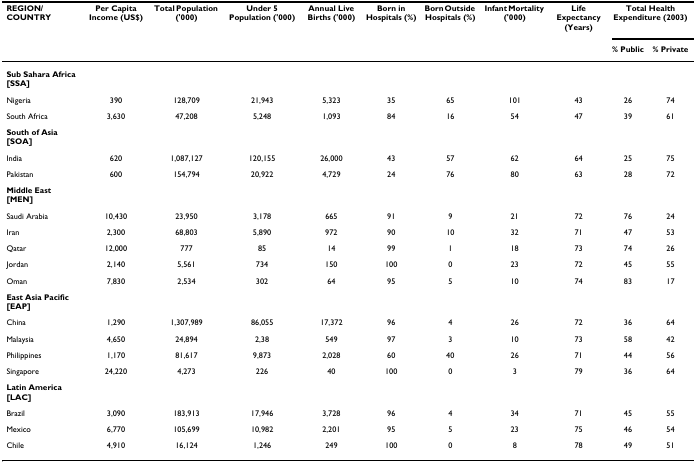
<table><thead><tr><td><b>REGION/COUNTRY</b></td><td><b>Per Capita Income (US$)</b></td><td><b>Total Population (&#x27;000)</b></td><td><b>Under 5 Population (&#x27;000)</b></td><td><b>Annual Live Births (&#x27;000)</b></td><td><b>Born in Hospitals (%)</b></td><td><b>Born Outside Hospitals (%)</b></td><td><b>Infant Mortality (&#x27;000)</b></td><td><b>Life Expectancy (Years)</b></td><td colspan="2"><b>Total Health Expenditure (2003)</b></td></tr><tr><td></td><td></td><td></td><td></td><td></td><td></td><td></td><td></td><td></td><td><b>% Public</b></td><td><b>% Private</b></td></tr></thead><tbody><tr><td><b>Sub Sahara Africa [SSA]</b></td><td></td><td></td><td></td><td></td><td></td><td></td><td></td><td></td><td></td><td></td></tr><tr><td>Nigeria</td><td>390</td><td>128,709</td><td>21,943</td><td>5,323</td><td>35</td><td>65</td><td>101</td><td>43</td><td>26</td><td>74</td></tr><tr><td>South Africa</td><td>3,630</td><td>47,208</td><td>5,248</td><td>1,093</td><td>84</td><td>16</td><td>54</td><td>47</td><td>39</td><td>61</td></tr><tr><td><b>South of Asia [SOA]</b></td><td></td><td></td><td></td><td></td><td></td><td></td><td></td><td></td><td></td><td></td></tr><tr><td>India</td><td>620</td><td>1,087,127</td><td>120,155</td><td>26,000</td><td>43</td><td>57</td><td>62</td><td>64</td><td>25</td><td>75</td></tr><tr><td>Pakistan</td><td>600</td><td>154,794</td><td>20,922</td><td>4,729</td><td>24</td><td>76</td><td>80</td><td>63</td><td>28</td><td>72</td></tr><tr><td><b>Middle East [MEN]</b></td><td></td><td></td><td></td><td></td><td></td><td></td><td></td><td></td><td></td><td></td></tr><tr><td>Saudi Arabia</td><td>10,430</td><td>23,950</td><td>3,178</td><td>665</td><td>91</td><td>9</td><td>21</td><td>72</td><td>76</td><td>24</td></tr><tr><td>Iran</td><td>2,300</td><td>68,803</td><td>5,890</td><td>972</td><td>90</td><td>10</td><td>32</td><td>71</td><td>47</td><td>53</td></tr><tr><td>Qatar</td><td>12,000</td><td>777</td><td>85</td><td>14</td><td>99</td><td>1</td><td>18</td><td>73</td><td>74</td><td>26</td></tr><tr><td>Jordan</td><td>2,140</td><td>5,561</td><td>734</td><td>150</td><td>100</td><td>0</td><td>23</td><td>72</td><td>45</td><td>55</td></tr><tr><td>Oman</td><td>7,830</td><td>2,534</td><td>302</td><td>64</td><td>95</td><td>5</td><td>10</td><td>74</td><td>83</td><td>17</td></tr><tr><td><b>East Asia Pacific [EAP]</b></td><td></td><td></td><td></td><td></td><td></td><td></td><td></td><td></td><td></td><td></td></tr><tr><td>China</td><td>1,290</td><td>1,307,989</td><td>86,055</td><td>17,372</td><td>96</td><td>4</td><td>26</td><td>72</td><td>36</td><td>64</td></tr><tr><td>Malaysia</td><td>4,650</td><td>24,894</td><td>2,38</td><td>549</td><td>97</td><td>3</td><td>10</td><td>73</td><td>58</td><td>42</td></tr><tr><td>Philippines</td><td>1,170</td><td>81,617</td><td>9,873</td><td>2,028</td><td>60</td><td>40</td><td>26</td><td>71</td><td>44</td><td>56</td></tr><tr><td>Singapore</td><td>24,220</td><td>4,273</td><td>226</td><td>40</td><td>100</td><td>0</td><td>3</td><td>79</td><td>36</td><td>64</td></tr><tr><td><b>Latin America [LAC]</b></td><td></td><td></td><td></td><td></td><td></td><td></td><td></td><td></td><td></td><td></td></tr><tr><td>Brazil</td><td>3,090</td><td>183,913</td><td>17,946</td><td>3,728</td><td>96</td><td>4</td><td>34</td><td>71</td><td>45</td><td>55</td></tr><tr><td>Mexico</td><td>6,770</td><td>105,699</td><td>10,982</td><td>2,201</td><td>95</td><td>5</td><td>23</td><td>75</td><td>46</td><td>54</td></tr><tr><td>Chile</td><td>4,910</td><td>16,124</td><td>1,246</td><td>249</td><td>100</td><td>0</td><td>8</td><td>78</td><td>49</td><td>51</td></tr></tbody></table>